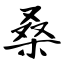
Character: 桑